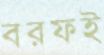
বরফই